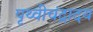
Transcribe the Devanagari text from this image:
पृथ्वीचंद्रादय